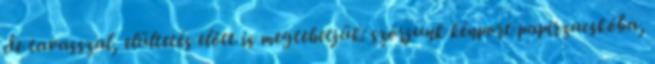
de tavasszal, elültetés előtt is megtehetjük: szórjunk kénport papírzacskóba,